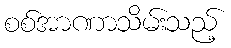
စစ်အာဏာသိမ်းသည့်